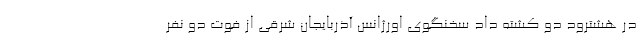
در هشترود دو کشته داد سخنگوی اورژانس آذربایجان شرقی از فوت دو نفر